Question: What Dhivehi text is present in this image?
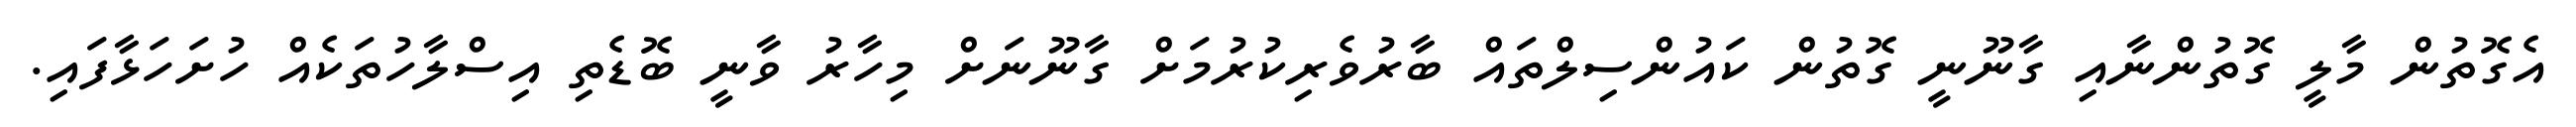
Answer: އެގޮތުން މާލީ ގޮތުންނާއި ގާނޫނީ ގޮތުން ކައުންސިލްތައް ބާރުވެރިކުރުމަށް ގާނޫނަށް މިހާރު ވާނީ ބޮޑެތި އިސްލާހުތަކެއް ހުށަހަޅާފައި.